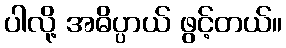
ပါလို့ အဓိပ္ပာယ် ဖွင့်တယ်။